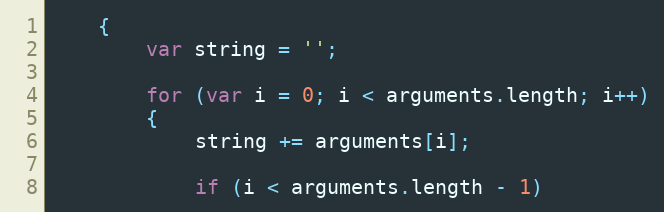
Language: JavaScript
	{
		var string = '';

		for (var i = 0; i < arguments.length; i++)
		{
			string += arguments[i];

			if (i < arguments.length - 1)